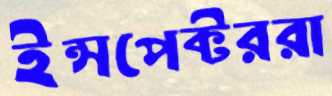
ইন্সপেক্টররা